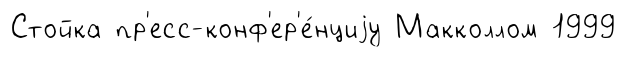
Стойка пр'есс-конф'ер'е́нциjу Макколлом 1999